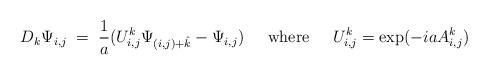
LaTeX: \begin{align*}D_k\Psi_{i,j} \;=\; {1\over a}(U^k_{i,j} \Psi_{(i,j)+\hat{k}} - \Psi_{i,j})\hskip .6cm {\rm where} \hskip .6cm U^k_{i,j} = {\rm exp}(-i a A^k_{i,j})\end{align*}